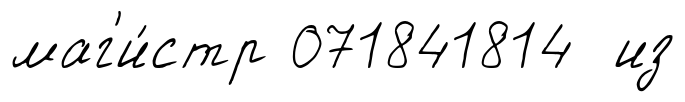
маг'и́стр 071841814 из